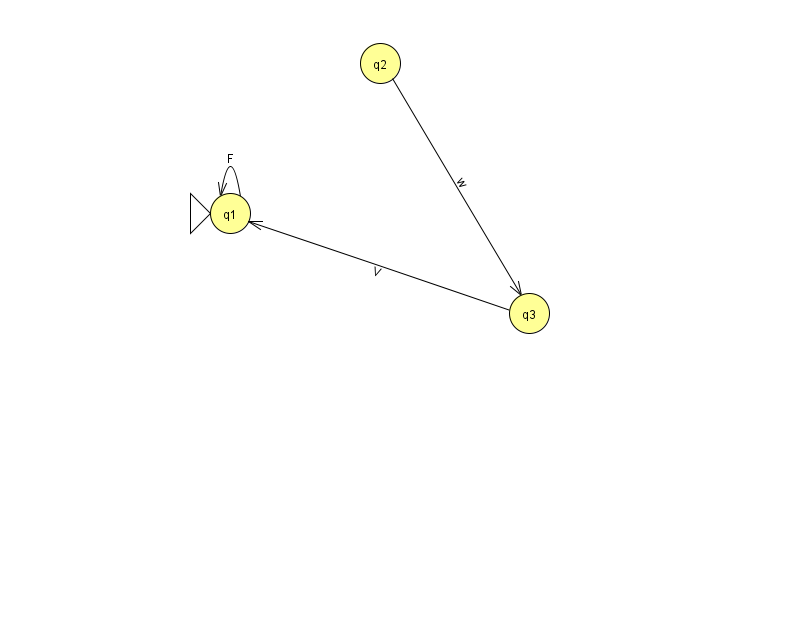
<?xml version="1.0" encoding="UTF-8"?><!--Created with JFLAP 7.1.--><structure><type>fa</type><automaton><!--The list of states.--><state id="1" name="q1"><x>230.0</x><y>200.0</y><initial/></state><state id="2" name="q2"><x>380.0</x><y>50.0</y></state><state id="3" name="q3"><x>529.0</x><y>300.0</y></state><!--The list of transitions.--><transition><from>1</from><to>1</to><read>F</read></transition><transition><from>2</from><to>3</to><read>w</read></transition><transition><from>3</from><to>1</to><read>V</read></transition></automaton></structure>